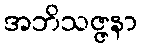
အဘိသဇ္ဇနာ